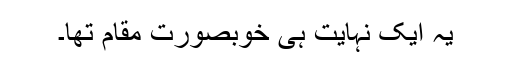
یہ ایک نہایت ہی خوبصورت مقام تھا۔